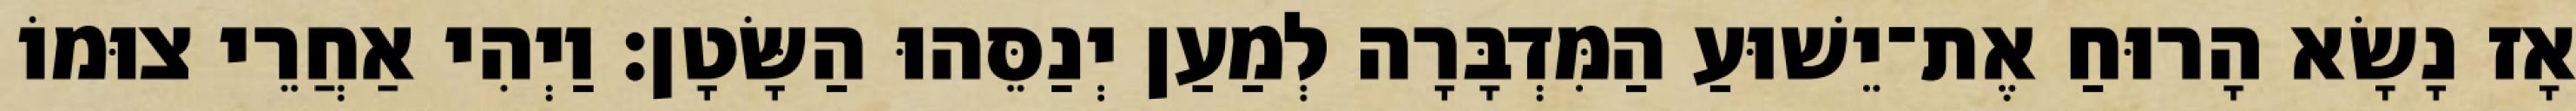
אָז נָשָׂא הָרוּחַ אֶת־יֵשׁוּעַ הַמִּדְבָּרָה לְמַעַן יְנַסֵּהוּ הַשָּׂטָן׃ וַיְהִי אַחֲרֵי צוּמוֹ